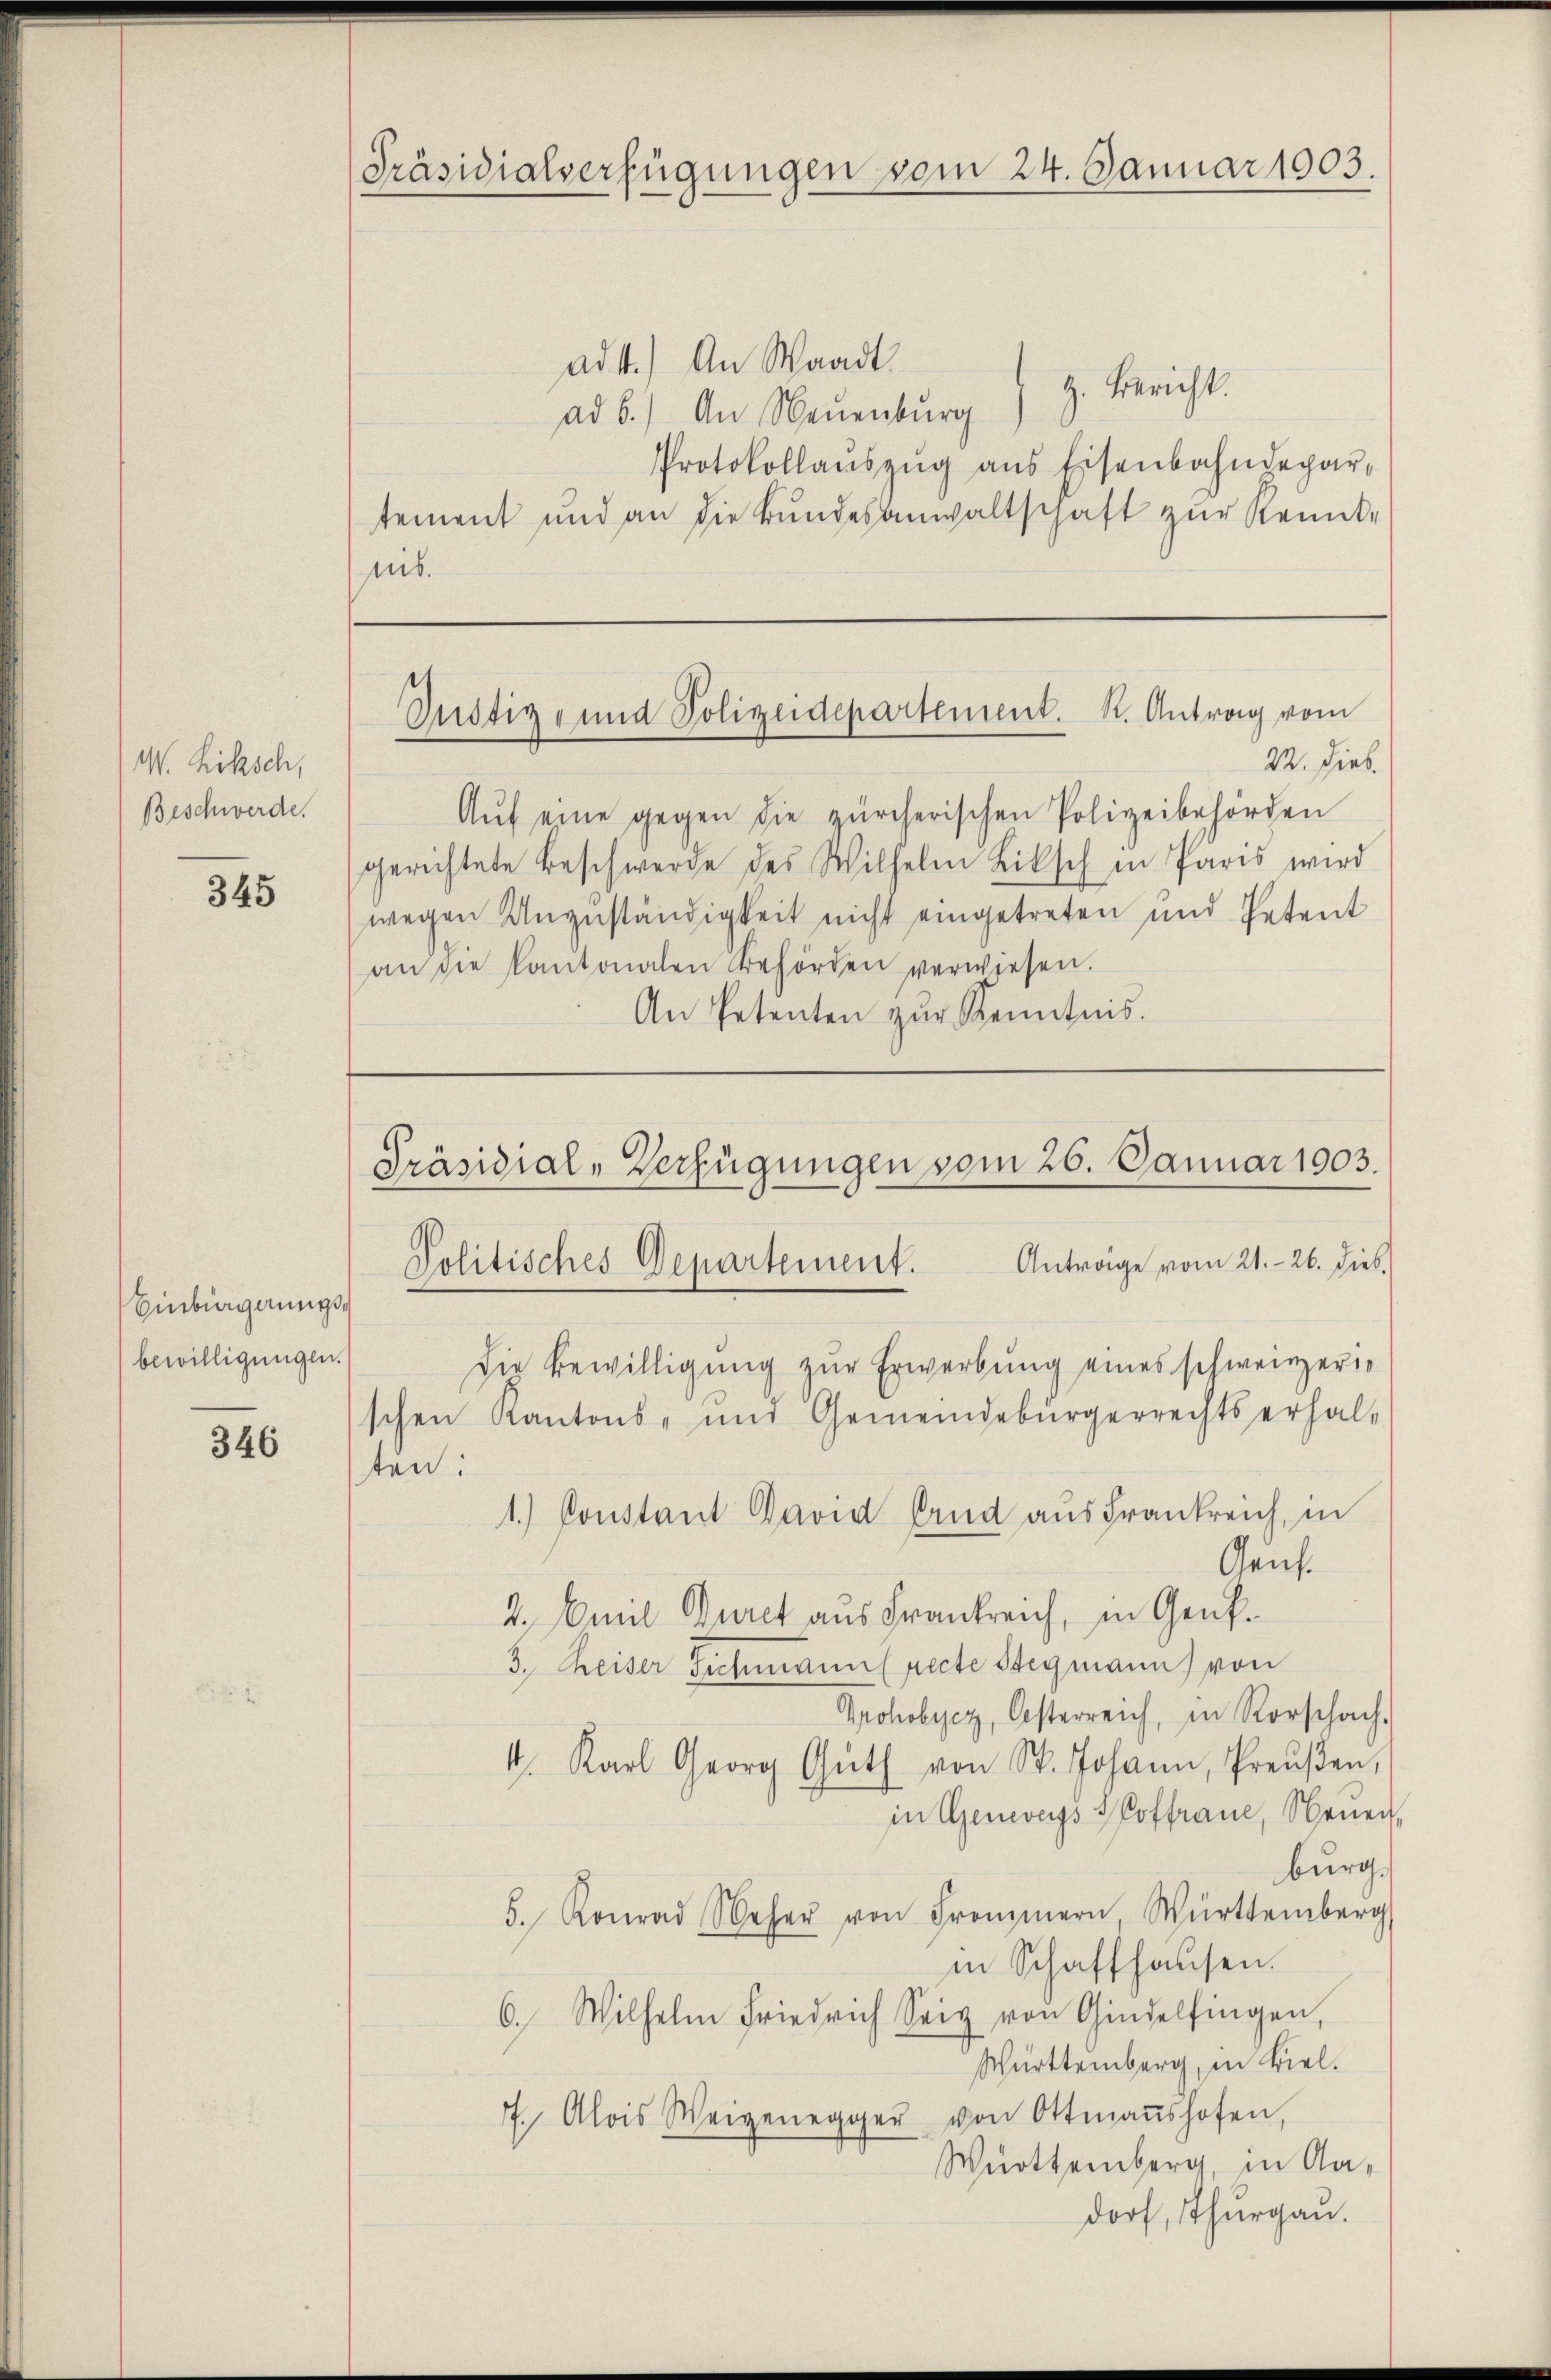
W. Ritsch,
Beschwerde.

345

Einbingerungsbewilligungen.

346

ad1.) An Waadt.
ad b.) An Neuenburg z. Bericht.
Protokollaŭszŭg ans Eisenbahndepar-
tement und an die Bundesanwaltschaft zur Kennt-
nis.

Präsidialverfügungen vom 24. Januar 1903.

22. Dieb.
Aŭf eine gegen die zürcherischen Polizeibehörden
gerichtete Beschwerde des Wilhelm Litsch in Paris wird
wegen Unzuständigkeit nicht eingetreten und Petent
an die Kantonalen Behörden verwiesen.
An Petenten zŭr Kenntnis.

Dustiz- und Polizeidepartement. K. Antrag vom

Präsidial-Verfügungen vom 26. Januar 1903.

Politisches Departement. Antrage vom 21. 26. Dieb.
die Bewilligung zur Erwerbung eines schweizerischen Kantons- und Gemeindebürgerrechtserhal-
ten:
1.) Constant David Erud aus Frankreich, in
Genf.
2. Anna Buret aus Frankreich, in Genf.
3. Keiser Sichmannspecte Stegmann) von
Grohobycz, Oesterreich, in Rorschach-
4. Karl Georg Gŭth von St. Johann, Preŭβen,
in Genevers Hoffraue, Neuen,
burg,
5. Konrad Seher von Frommer Württemberg
in Schaffhausen.
6. Wilhelm Friedrich Sei von Gindelfingen,
Württemberg, in viel.
7. Alois Weigenegger von Ottmaṅshofen,
Württemberg, in Aadorf, Thurgau.